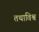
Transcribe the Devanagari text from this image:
तथाविश्व